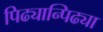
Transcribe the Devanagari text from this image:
पिढ्यान्पिढ्या